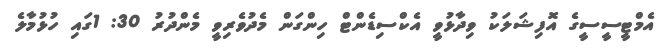
އެމްޓީސީސީގެ އޮފިޝަލަކު ވިދާޅުވީ އެކްސިޑެންޓް ހިންގަން މެދުވެރިވީ މެންދުރު 30: 1ގައި ހުޅުމާލެ